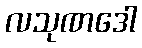
လသုဏဒေါ